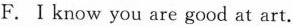
F.Ⅰknow you are good at art.